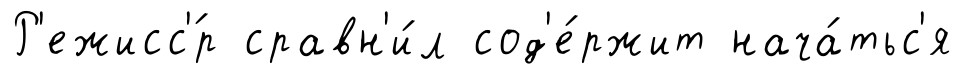
Р'ежисс'́р сравн'и́л сод'е́ржит нача́тьс'я